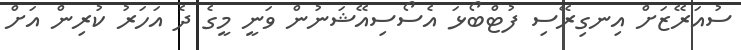
ސުއަރޭޒަށް އިނގިރޭސި ފުޓްބޯޅަ އެސޯސިއޭޝަނުން ވަނީ މީގެ ދެ އަހަރު ކުރިން އަށް